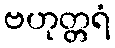
ဗဟုတ္တရံ